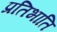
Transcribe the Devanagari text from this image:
प्रतिभाति